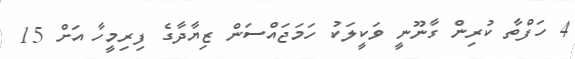
4 ހަފްތާ ކުރިން ގާނޫނީ ވަކީލަކު ހަމަޖައްސަން ޒިޔާދާގެ ފިރިމީހާ އަށް 15